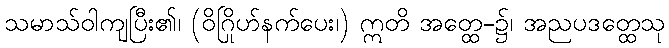
သမာသ်ဝါကျပြီး၏၊ (ဝိဂြိုဟ်နက်ပေး၊) ဣတိ အတ္ထေ-၌၊ အညပဒတ္ထေသု